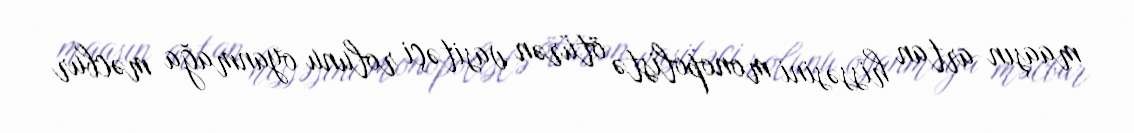
maaşın artan hissəsini monopolistə ötürən vasitəçi rolunu oyanmağa məcbur